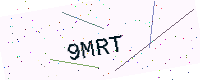
Text: 9MRT